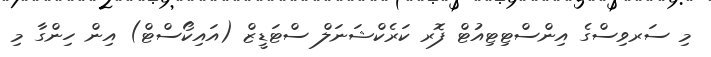
މި ސަރވިސްގެ އިންސްޓިޓިއުޓް ފޮރ ކަރެކްޝަނަލް ސްޓަޑީޒް (އައިކޯސްޓް) އިން ހިންގާ މި